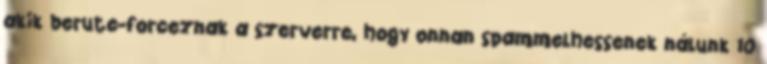
akik berute-forceznak a szerverre, hogy onnan spammelhessenek nálunk 10